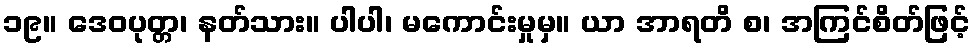
၁၉။ ဒေဝပုတ္တ၊ နတ်သား။ ပါပါ၊ မကောင်းမှုမှ။ ယာ အာရတိ စ၊ အကြင်စိတ်ဖြင့်